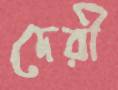
দেরী